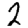
Digit: 2